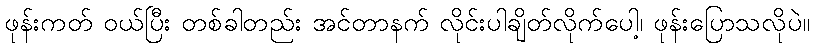
ဖုန်းကတ် ဝယ်ပြီး တစ်ခါတည်း အင်တာနက် လိုင်းပါချိတ်လိုက်ပေါ့၊ ဖုန်းပြောသလိုပဲ။